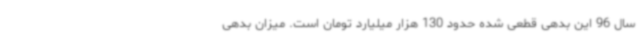
سال 96 این بدهی قطعی شده حدود 130 هزار میلیارد تومان است. میزان بدهی